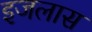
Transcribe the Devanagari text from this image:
इजलास